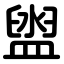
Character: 盥